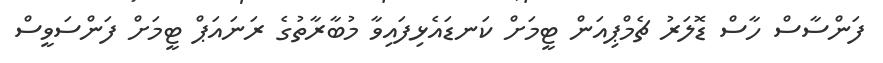
ފަންސާސް ހާސް ޑޮލަރު ޗެމްޕިއަން ޓީމަށް ކަނޑައެޅިފައިވާ މުބާރާތުގެ ރަނައަޕް ޓީމަށް ފަންސަވީސް